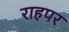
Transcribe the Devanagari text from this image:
राहपर